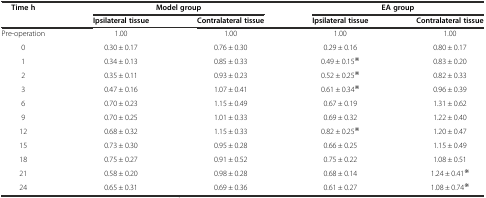
| <ROWSPAN=2> Time h | <COLSPAN=2> Model group | <COLSPAN=2> EA group |
 | Ipsilateral tissue | Contralateral tissue | Ipsilateral tissue | Contralateral tissue |
 | --- | --- | --- | --- | --- |
 | Pre-operation | 1.00 | 1.00 | 1.00 | 1.00 |
 | 0 | 0.30 ± 0.17 | 0.76 ± 0.30 | 0.29 ± 0.16 | 0.80 ± 0.17 |
 | 1 | 0.34 ± 0.13 | 0.85 ± 0.33 | 0.49 ± 0.15※ | 0.83 ± 0.20 |
 | 2 | 0.35 ± 0.11 | 0.93 ± 0.23 | 0.52 ± 0.25※ | 0.82 ± 0.33 |
 | 3 | 0.47 ± 0.16 | 1.07 ± 0.41 | 0.61 ± 0.34※ | 0.96 ± 0.39 |
 | 6 | 0.70 ± 0.23 | 1.15 ± 0.49 | 0.67 ± 0.19 | 1.31 ± 0.62 |
 | 9 | 0.70 ± 0.25 | 1.01 ± 0.33 | 0.69 ± 0.32 | 1.22 ± 0.40 |
 | 12 | 0.68 ± 0.32 | 1.15 ± 0.33 | 0.82 ± 0.25※ | 1.20 ± 0.47 |
 | 15 | 0.73 ± 0.30 | 0.95 ± 0.28 | 0.66 ± 0.25 | 1.15 ± 0.49 |
 | 18 | 0.75 ± 0.27 | 0.91 ± 0.52 | 0.75 ± 0.22 | 1.08 ± 0.51 |
 | 21 | 0.58 ± 0.20 | 0.98 ± 0.28 | 0.68 ± 0.14 | 1.24 ± 0.41※ |
 | 24 | 0.65 ± 0.31 | 0.69 ± 0.36 | 0.61 ± 0.27 | 1.08 ± 0.74※ |